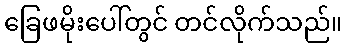
ခြေဖမိုးပေါ်တွင် တင်လိုက်သည်။